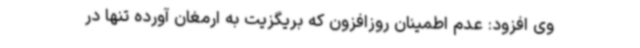
وی افزود: عدم اطمینان روزافزون که بریگزیت به ارمغان آورده تنها در